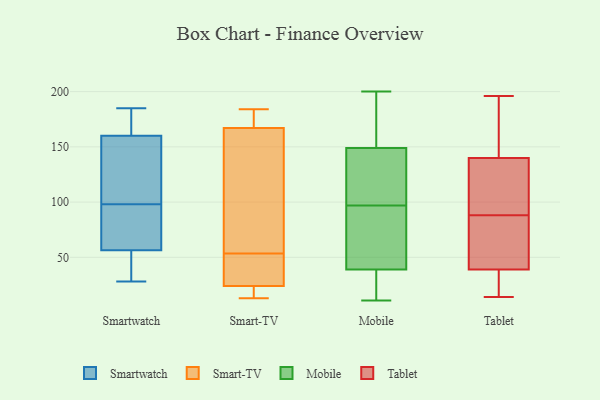
{"axis": {"x": "Humidity (%)", "y": "Value"}, "legend": ["Mobile", "Smart-TV", "Smartwatch", "Tablet"], "data": [{"x": "", "y": 185, "type": "Smartwatch"}, {"x": "", "y": 149, "type": "Smartwatch"}, {"x": "", "y": 177, "type": "Smartwatch"}, {"x": "", "y": 98, "type": "Smartwatch"}, {"x": "", "y": 56, "type": "Smartwatch"}, {"x": "", "y": 36, "type": "Smartwatch"}, {"x": "", "y": 58, "type": "Smartwatch"}, {"x": "", "y": 75, "type": "Smartwatch"}, {"x": "", "y": 117, "type": "Smartwatch"}, {"x": "", "y": 154, "type": "Smartwatch"}, {"x": "", "y": 166, "type": "Smartwatch"}, {"x": "", "y": 88, "type": "Smartwatch"}, {"x": "", "y": 28, "type": "Smartwatch"}, {"x": "", "y": 177, "type": "Smartwatch"}, {"x": "", "y": 162, "type": "Smartwatch"}, {"x": "", "y": 93, "type": "Smartwatch"}, {"x": "", "y": 55, "type": "Smartwatch"}, {"x": "", "y": 32, "type": "Smartwatch"}, {"x": "", "y": 122, "type": "Smartwatch"}, {"x": "", "y": 15, "type": "Smart-TV"}, {"x": "", "y": 59, "type": "Smart-TV"}, {"x": "", "y": 184, "type": "Smart-TV"}, {"x": "", "y": 13, "type": "Smart-TV"}, {"x": "", "y": 24, "type": "Smart-TV"}, {"x": "", "y": 46, "type": "Smart-TV"}, {"x": "", "y": 167, "type": "Smart-TV"}, {"x": "", "y": 48, "type": "Smart-TV"}, {"x": "", "y": 183, "type": "Smart-TV"}, {"x": "", "y": 108, "type": "Smart-TV"}, {"x": "", "y": 155, "type": "Mobile"}, {"x": "", "y": 118, "type": "Mobile"}, {"x": "", "y": 149, "type": "Mobile"}, {"x": "", "y": 45, "type": "Mobile"}, {"x": "", "y": 76, "type": "Mobile"}, {"x": "", "y": 135, "type": "Mobile"}, {"x": "", "y": 29, "type": "Mobile"}, {"x": "", "y": 200, "type": "Mobile"}, {"x": "", "y": 39, "type": "Mobile"}, {"x": "", "y": 11, "type": "Mobile"}, {"x": "", "y": 149, "type": "Tablet"}, {"x": "", "y": 14, "type": "Tablet"}, {"x": "", "y": 75, "type": "Tablet"}, {"x": "", "y": 20, "type": "Tablet"}, {"x": "", "y": 178, "type": "Tablet"}, {"x": "", "y": 89, "type": "Tablet"}, {"x": "", "y": 85, "type": "Tablet"}, {"x": "", "y": 98, "type": "Tablet"}, {"x": "", "y": 87, "type": "Tablet"}, {"x": "", "y": 115, "type": "Tablet"}, {"x": "", "y": 193, "type": "Tablet"}, {"x": "", "y": 39, "type": "Tablet"}, {"x": "", "y": 196, "type": "Tablet"}, {"x": "", "y": 140, "type": "Tablet"}, {"x": "", "y": 26, "type": "Tablet"}, {"x": "", "y": 35, "type": "Tablet"}, {"x": "", "y": 85, "type": "Tablet"}, {"x": "", "y": 100, "type": "Tablet"}]}